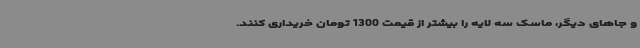
و جاهای دیگر، ماسک سه لایه را بیشتر از قیمت 1300 تومان خریداری کنند.